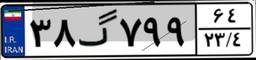
۳۸گ۷۹۹۶۴